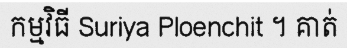
កម្មវិធី Suriya Ploenchit ។ គាត់